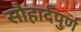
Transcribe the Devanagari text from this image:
सौहार्दपुर्ण